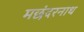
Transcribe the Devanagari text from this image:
मछंदरनाथ